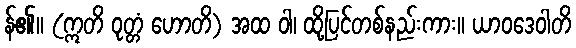
န်၏။ (ဣတိ ဝုတ္တံ ဟောတိ) အထ ဝါ၊ ထို့ပြင်တစ်နည်းကား။ ယာဝဒေဝါတိ